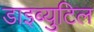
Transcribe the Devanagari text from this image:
डाइब्युटिल